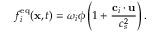
f _ { i } ^ { \mathrm { e q } } ( \mathbf { x } , t ) = \omega _ { i } \phi \left( 1 + \frac { \mathbf { c } _ { i } \cdot \mathbf { u } } { c _ { s } ^ { 2 } } \right) .